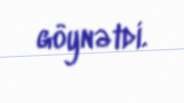
göynətdi.